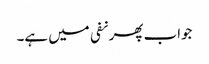
جواب پھر نفی میں ہے۔